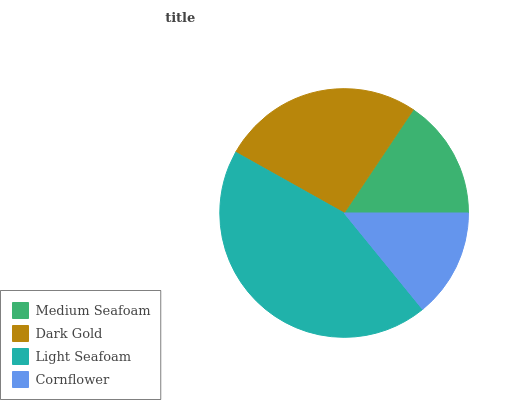
| Medium Seafoam | Dark Gold | Light Seafoam | Cornflower |
 | --- | --- | --- | --- |
 | 15.6% | 26.3% | 44% | 14.1% |